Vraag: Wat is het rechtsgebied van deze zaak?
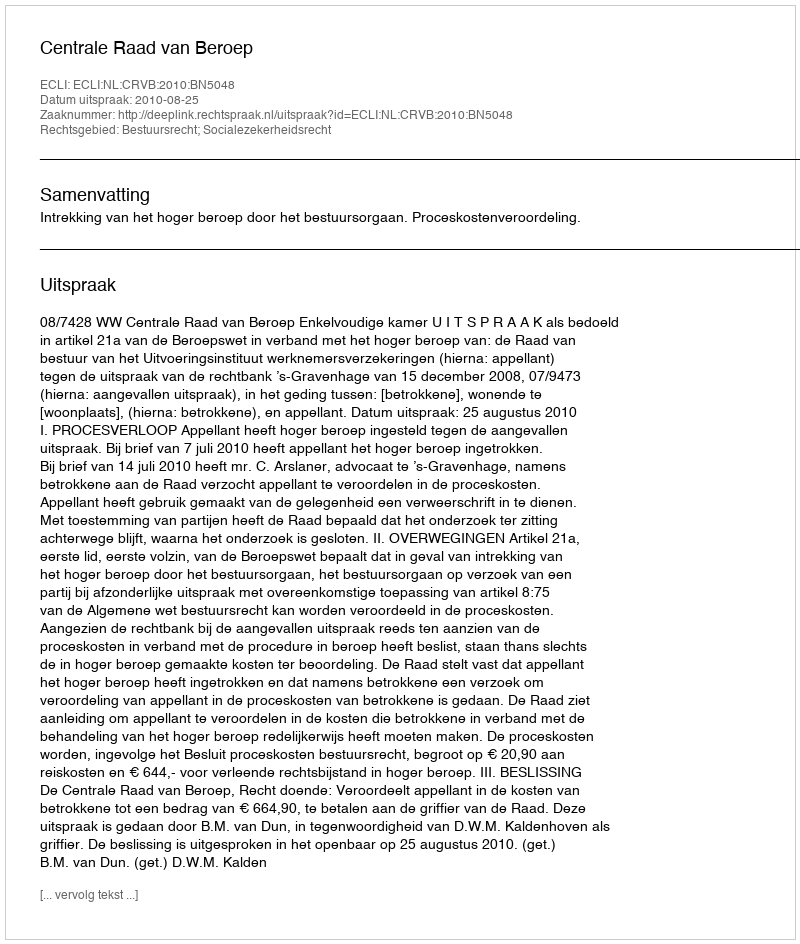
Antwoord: Bestuursrecht; Socialezekerheidsrecht